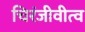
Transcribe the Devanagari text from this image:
चिरंजीवीत्व